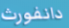
دانفورث